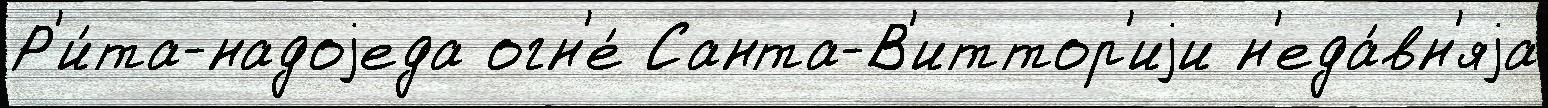
Р'и́та-надоjеда огн'е́ Санта-В'иттор'иjи н'еда́вн'яjа